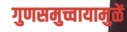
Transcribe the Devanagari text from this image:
गुणसमुच्चायामुळें